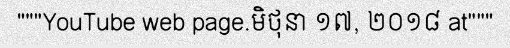
"""YouTube web page.មិថុនា ១៧, ២០១៨ at"""